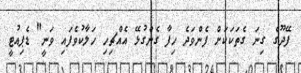
ފޭދޫގެ ގިނަ ގެތަކަކަށް ފެންވަދެ ހިފާ ގެންގުޅޭ އެއްޗިހި ހަލާކުވެފައި ވަނީ" ޑެޕިއުޓީ